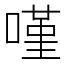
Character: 𠻨